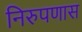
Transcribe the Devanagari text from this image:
निरुपणास